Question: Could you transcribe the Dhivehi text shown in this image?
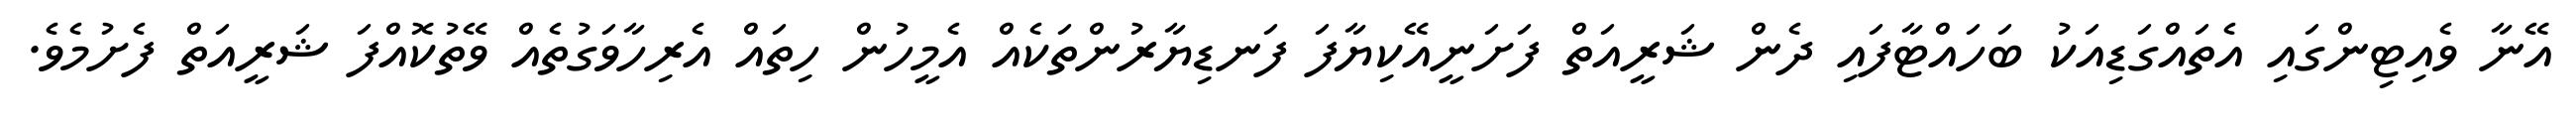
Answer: އޭނާ ވެއިޓިންގައި އެތައްގަޑިއަކު ބަހައްޓާފައި ދެން ޝަރީއަތް ފަށަނީއޭކިޔާފަ ފަނޑިޔާރުންތަކެއް އެމީހުން ހިތައް އެރިހާވަގުތެއް ވޭތުކޮއްފަ ޝަރީއަތް ފެށުމެވެ.